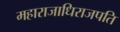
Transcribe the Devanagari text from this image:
महाराजाधिराजपति